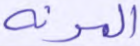
المرنة